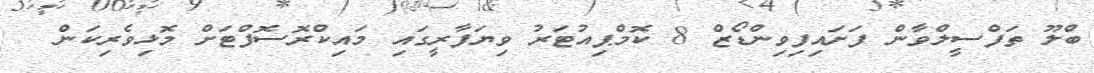
ބްލޫ ތަފްސީލްވާން ފަށައިފިވިންޑޯޒް 8 ކޮމްޕިއުޓަރު ވިޔަފާރީގައި މައިކްރޮސޮފްޓަށް މޮޅިވެރިކަން